Annual statistical returns and brief notes on vaccination in Bengal - 1896-1909
Year: 1896
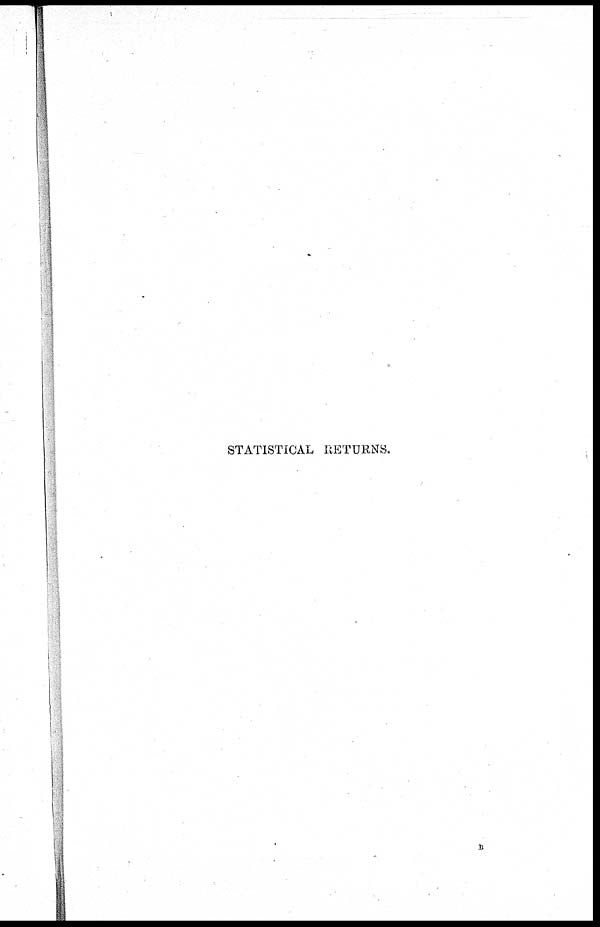
STATISTICAL RETURNS.
b